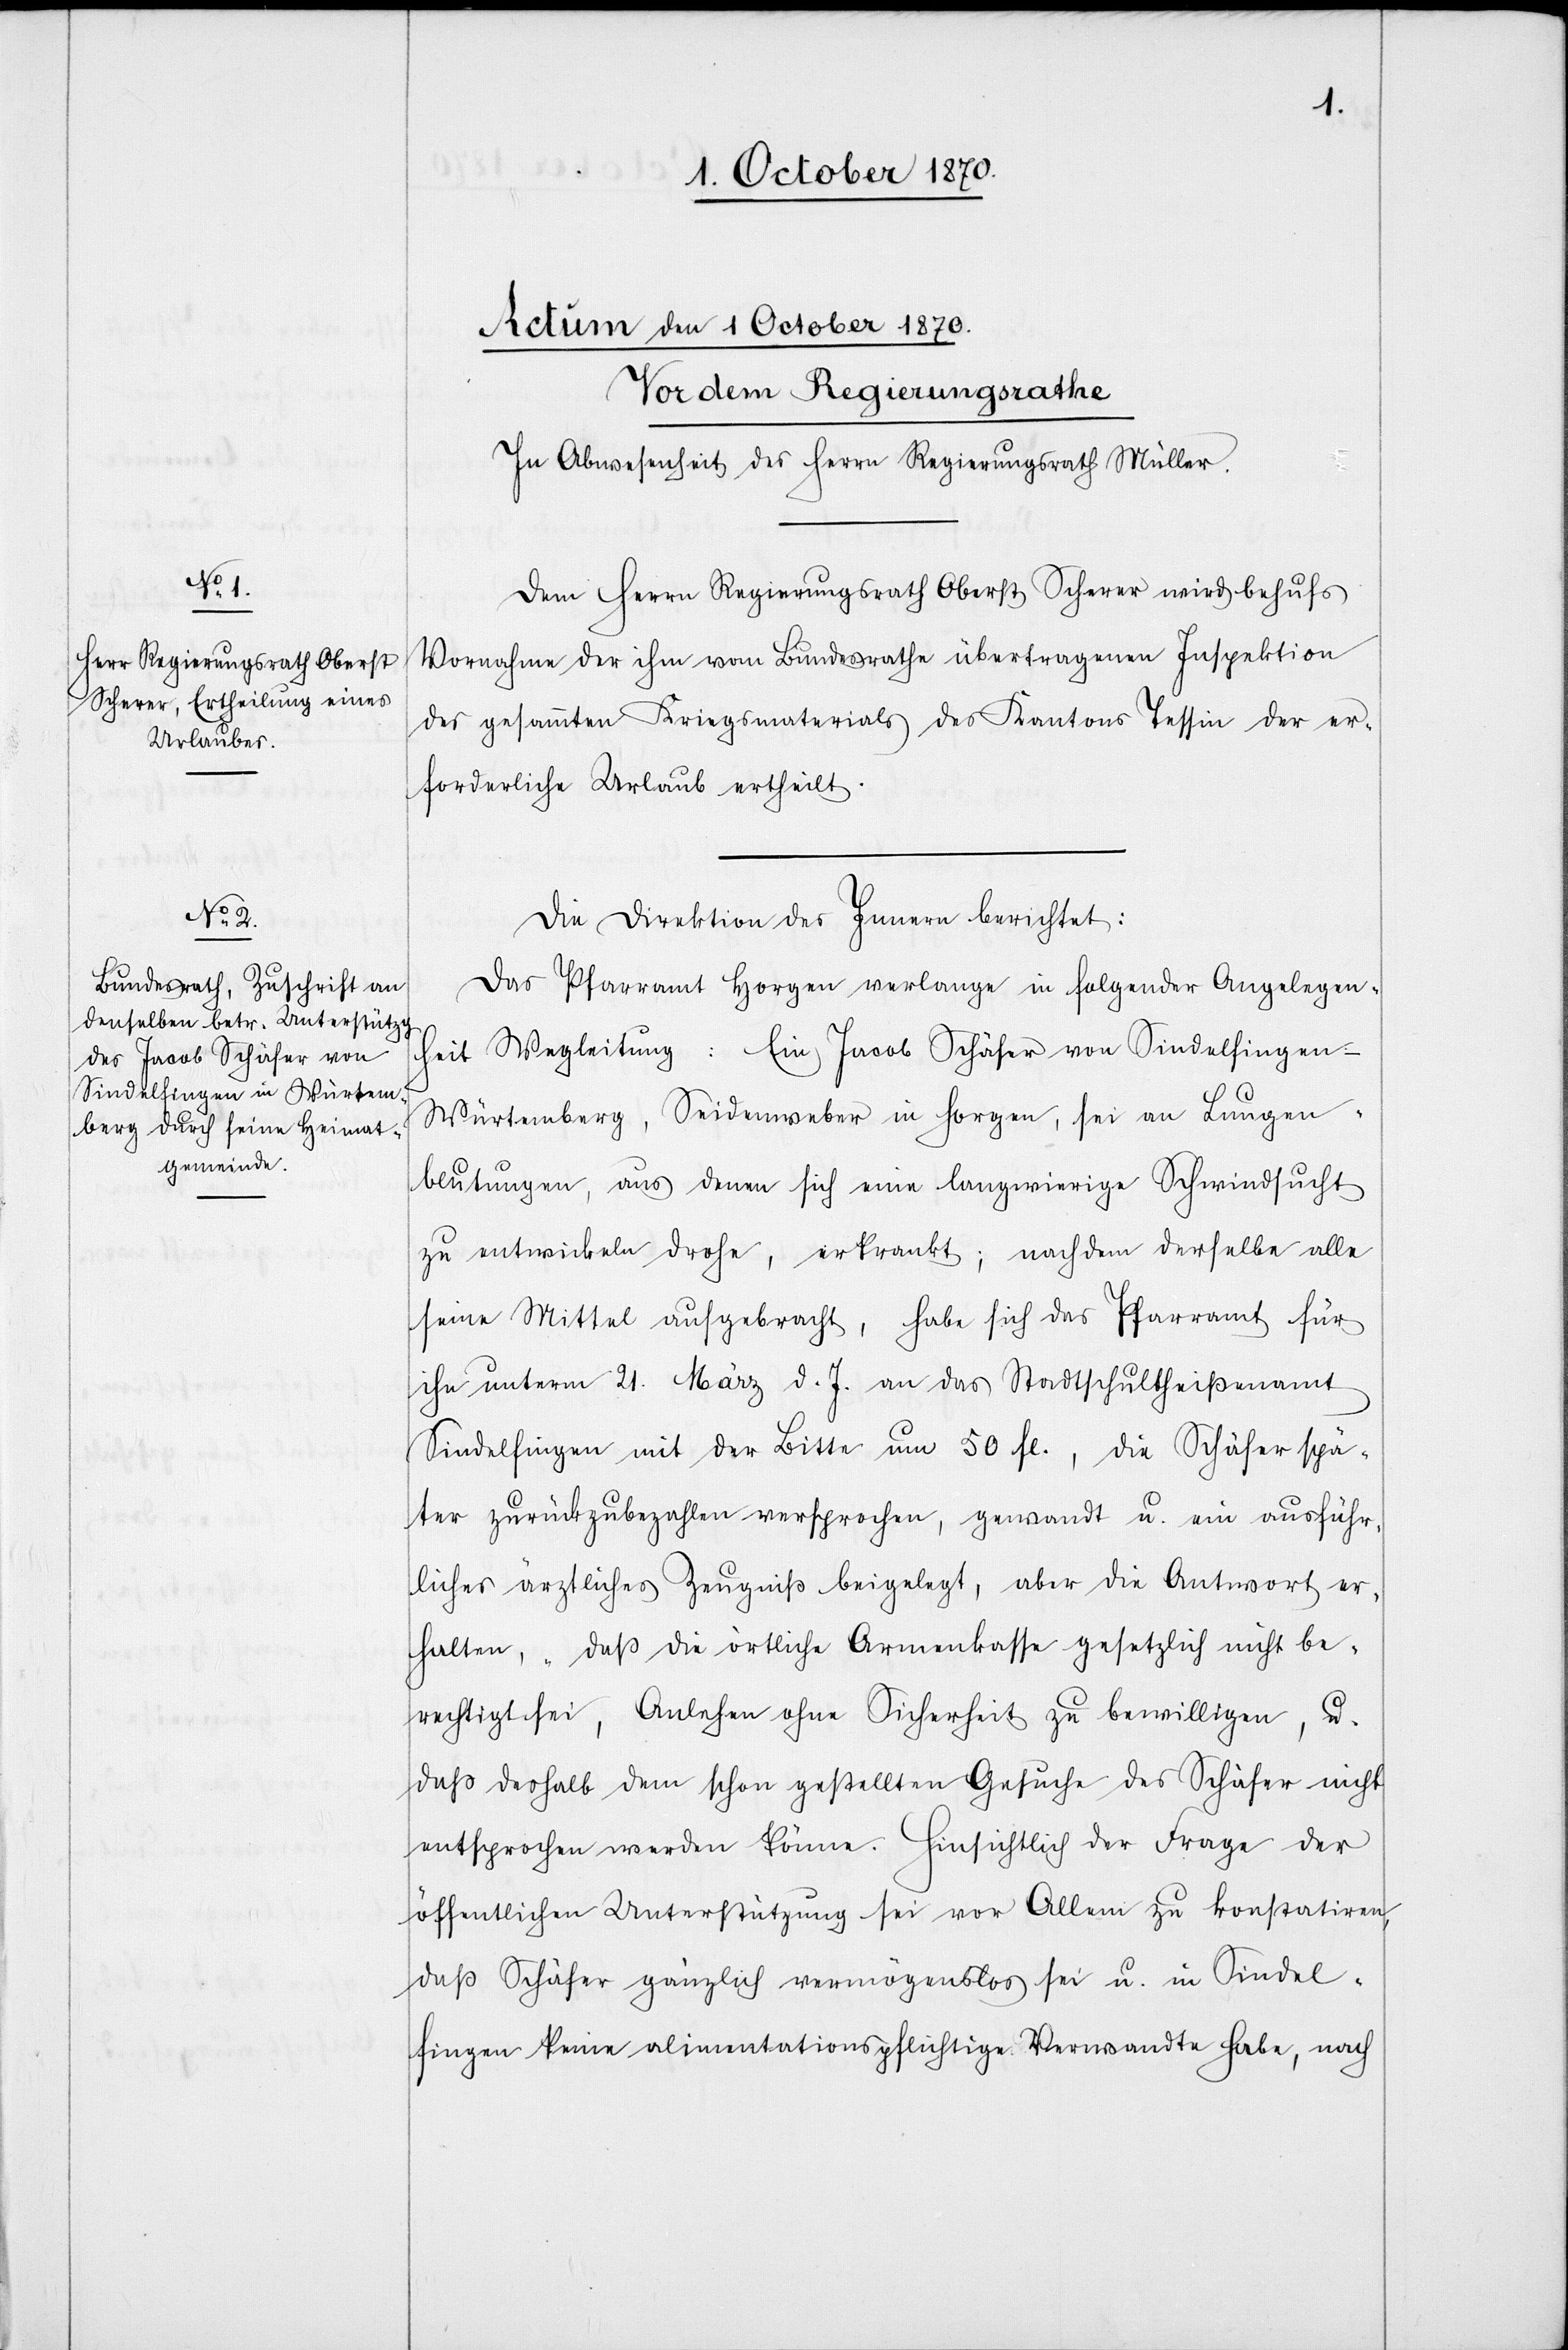
Dem Herrn Regierungsrath Oberst Scherer wird behufs
Vornahme der ihm vom Bundesrathe übertragenen Inspektion
des gesammten Kriegsmaterials des Kantons Tessin der er¬
forderliche Urlaub ertheilt.
Die Direktion des Innern berichtet:
Das Pfarramt Horgen verlange in folgender Angelegen¬
heit Wegleitung: Ein Jacob Schäfer von Sindelfingen
Würtemberg, Seidenweber in Horgen, sei an Lungen¬
blutungen, aus denen sich eine langwierige Schwindsucht
zu entwickeln drohe, erkrankt; nachdem derselbe alle
seine Mittel aufgebracht, habe sich das Pfarramt für
ihn unterm 21. März d. J. an das Stadtschultheißenamt
Sindelfingen mit der Bitte um 50 Fl., die Schäfer spä¬
ter zurückzubezahlen versprochen, gewandt u. ein ausführ¬
liches ärztliches Zeugniß beigelegt, aber die Antwort er¬
halten, „daß die örtliche Armenkasse gesetzlich nicht be¬
rechtigt sei, Anlehen ohne Sicherheit zu bewilligen, u.
daß deshalb dem schon gestellten Gesuche des Schäfer nicht
entsprochen werden könne. Hinsichtlich der Frage der
öffentlichen Unterstützung sei vor Allem zu konstatiren,
daß Schäfer gänzlich vermögenslos sei u. in Sindel¬
fingen keine alimentationspflichtige Verwandte habe, nach